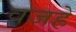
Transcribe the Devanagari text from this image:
वजहे